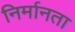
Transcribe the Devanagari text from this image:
निर्मानता